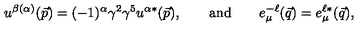
u ^ { \beta ( \alpha ) } ( \vec { p } ) = ( - 1 ) ^ { \alpha } \gamma ^ { 2 } \gamma ^ { 5 } u ^ { \alpha * } ( \vec { p } ) , \qquad \mathrm { a n d } \qquad e _ { \mu } ^ { - \ell } ( \vec { q } ) = e _ { \mu } ^ { \ell * } ( \vec { q } ) ,